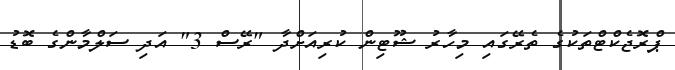
ޕްރޮޖެކްޓްތަކުގެ ތެރޭގައި މިހާރު ޝޫޓިން ކުރިއަށްދާ "ރޭސް 3" އަދި ސަލްމާންގެ ބޮޑު